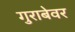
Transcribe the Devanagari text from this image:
गुराबेवर